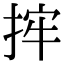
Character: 𢭂